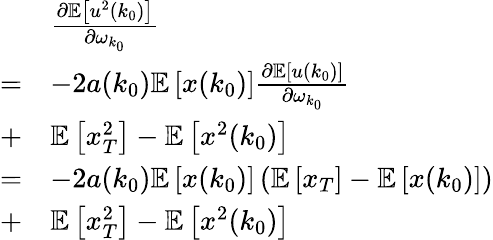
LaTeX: \begin{array}{rl}&{\frac{\partial\mathbb{E}\left[u^{2}(k_{0})\right]}{\partial\omega_{k_{0}}}}\\ {=}&{-2a(k_{0})\mathbb{E}\left[x(k_{0})\right]\frac{\partial\mathbb{E}\left[u(k_{0})\right]}{\partial\omega_{k_{0}}}}\\ {+}&{\mathbb{E}\left[x_{T}^{2}\right]-\mathbb{E}\left[x^{2}(k_{0})\right]}\\ {=}&{-2a(k_{0})\mathbb{E}\left[x(k_{0})\right]\left(\mathbb{E}\left[x_{T}\right]-\mathbb{E}\left[x(k_{0})\right]\right)}\\ {+}&{\mathbb{E}\left[x_{T}^{2}\right]-\mathbb{E}\left[x^{2}(k_{0})\right]}\end{array}